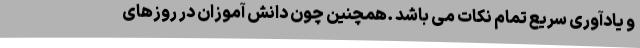
و یادآوری سریع تمام نکات می باشد .همچنین چون دانش آموزان در روزهای